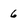
Character: 6